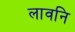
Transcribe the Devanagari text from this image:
लावनि